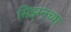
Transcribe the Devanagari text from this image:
सिझनच्या